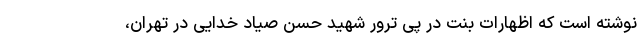
نوشته است که اظهارات بنت در پی ترور شهید حسن صیاد خدایی در تهران،